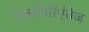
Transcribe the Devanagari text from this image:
एक्सपिरिएंसेज